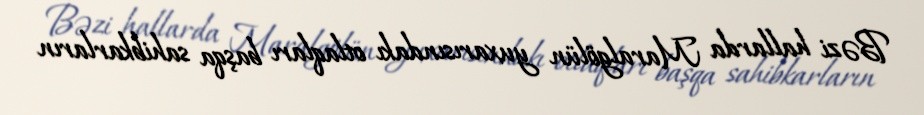
Bəzi hallarda Maralgölün yuxarısındakı otlaqları başqa sahibkarların